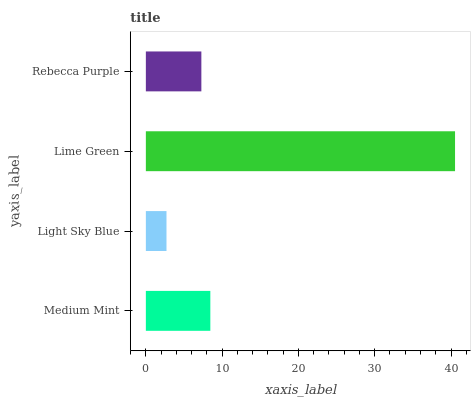
| yaxis_label | bars |
 | --- | --- |
 | Medium Mint | 8.45 |
 | Light Sky Blue | 2.71 |
 | Lime Green | 40.5 |
 | Rebecca Purple | 7.28 |